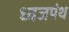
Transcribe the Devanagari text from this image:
ध्वजपंथ